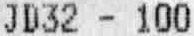
JD32 - 100